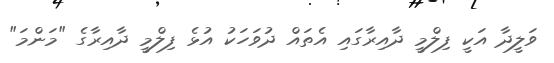
ވަލީދާ އަކީ ފިލްމީ ދާއިރާގައި އެތައް ދުވަހަކު އުޅެ ފިލްމީ ދާއިރާގެ "މަންމަ"